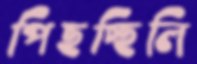
পিছচ্ছিলি